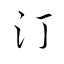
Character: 汀